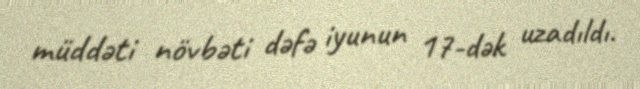
müddəti növbəti dəfə iyunun 17-dək uzadıldı.